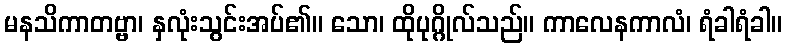
မနသိကာတဗ္ဗာ၊ နှလုံးသွင်းအပ်၏။ သော၊ ထိုပုဂ္ဂိုလ်သည်။ ကာလေနကာလံ၊ ရံခါရံခါ။